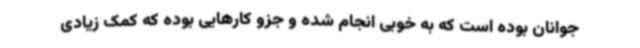
جوانان بوده است که به خوبی انجام شده و جزو کارهایی بوده که کمک زیادی